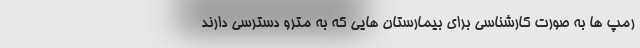
رمپ ها به صورت کارشناسی برای بیمارستان هایی که به مترو دسترسی دارند